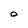
Character: o